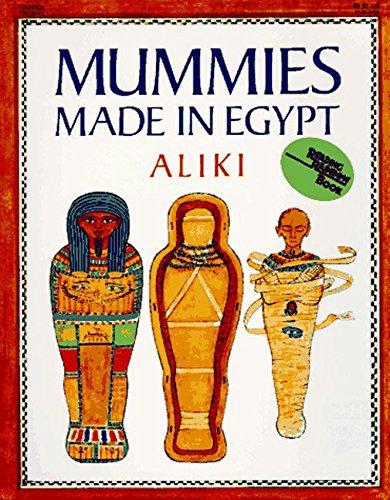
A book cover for Mummies Made in Egypt (Reading Rainbow Books); Aliki; Children's Books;